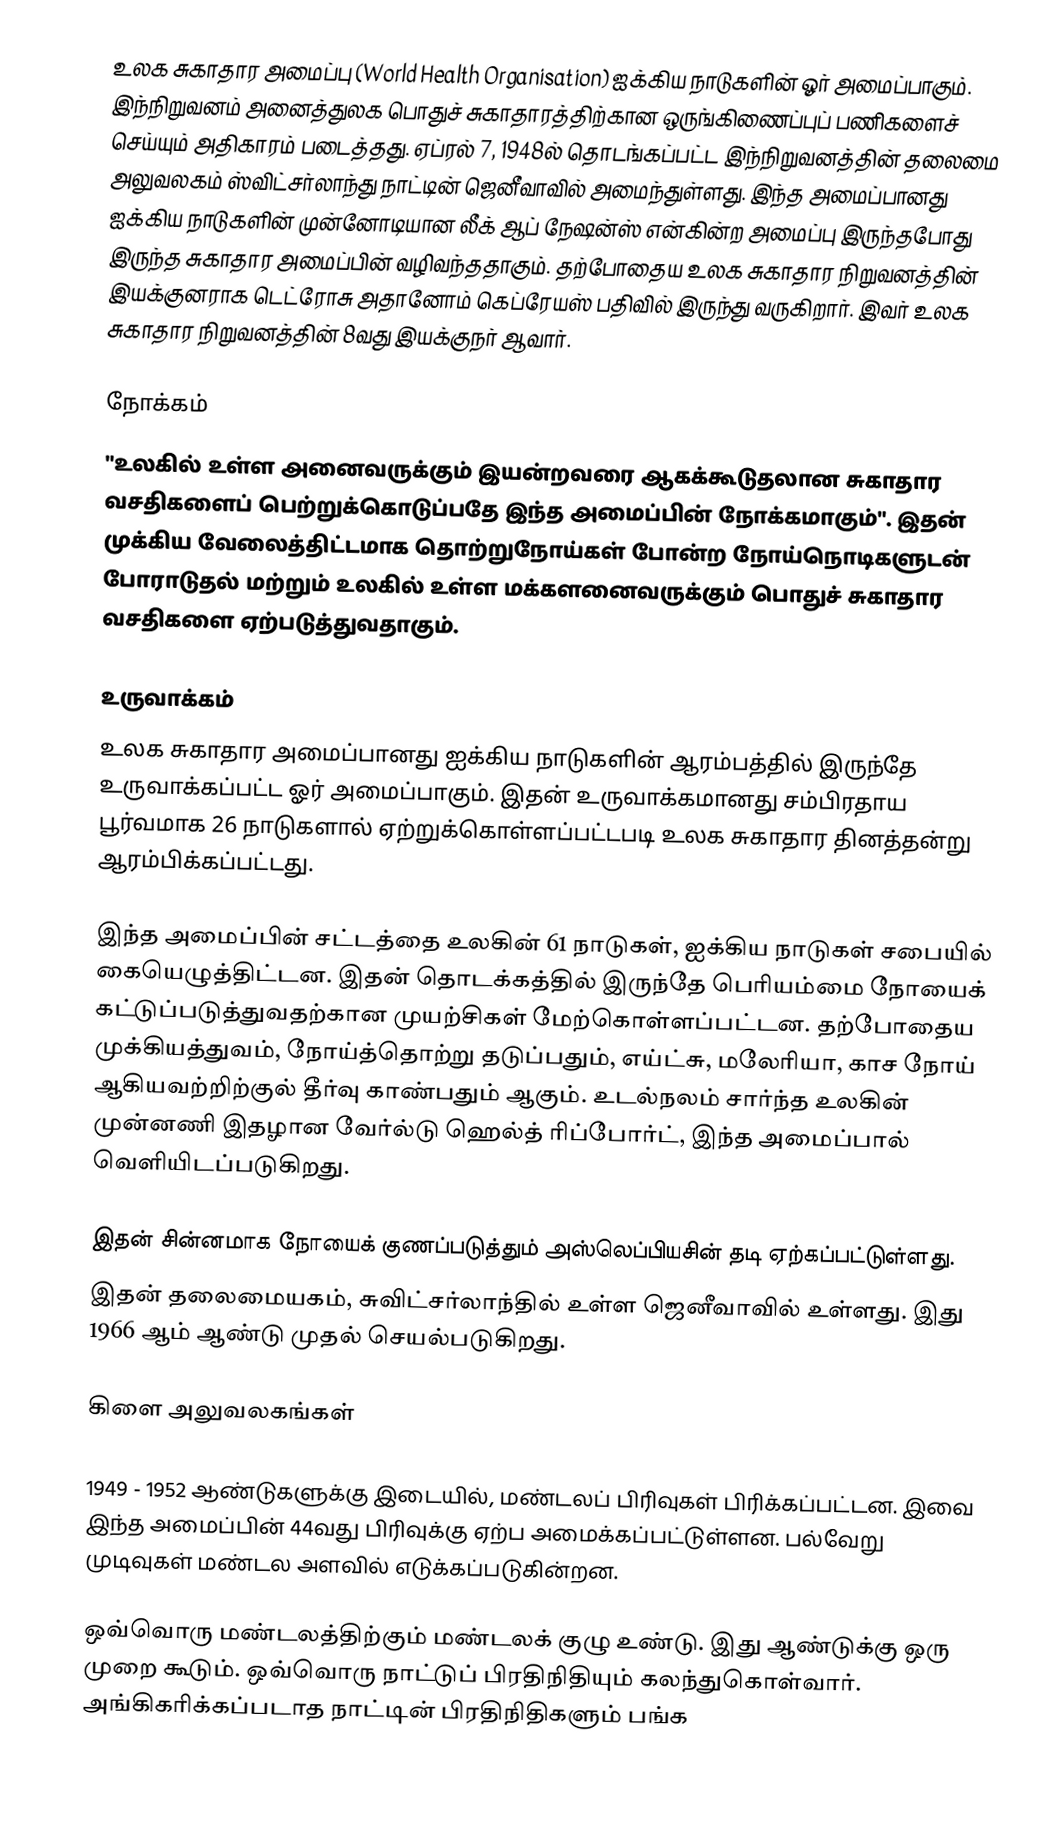
உலக சுகாதார அமைப்பு (World Health Organisation) ஐக்கிய நாடுகளின் ஓர் அமைப்பாகும். இந்நிறுவனம் அனைத்துலக பொதுச் சுகாதாரத்திற்கான ஒருங்கிணைப்புப் பணிகளைச் செய்யும் அதிகாரம் படைத்தது. ஏப்ரல் 7, 1948ல் தொடங்கப்பட்ட இந்நிறுவனத்தின் தலைமை அலுவலகம் ஸ்விட்சர்லாந்து நாட்டின் ஜெனீவாவில் அமைந்துள்ளது. இந்த அமைப்பானது ஐக்கிய நாடுகளின் முன்னோடியான லீக் ஆப் நேஷன்ஸ் என்கின்ற அமைப்பு இருந்தபோது இருந்த சுகாதார அமைப்பின் வழிவந்ததாகும். தற்போதைய உலக சுகாதார நிறுவனத்தின் இயக்குனராக டெட்ரோசு அதானோம் கெப்ரேயஸ் பதிவில் இருந்து வருகிறார். இவர் உலக சுகாதார நிறுவனத்தின் 8வது இயக்குநர் ஆவார்.

நோக்கம்
"உலகில் உள்ள அனைவருக்கும் இயன்றவரை ஆகக்கூடுதலான சுகாதார வசதிகளைப் பெற்றுக்கொடுப்பதே இந்த அமைப்பின் நோக்கமாகும்". இதன் முக்கிய வேலைத்திட்டமாக தொற்றுநோய்கள் போன்ற நோய்நொடிகளுடன் போராடுதல் மற்றும் உலகில் உள்ள மக்களனைவருக்கும் பொதுச் சுகாதார வசதிகளை ஏற்படுத்துவதாகும்.

உருவாக்கம்
உலக சுகாதார அமைப்பானது ஐக்கிய நாடுகளின் ஆரம்பத்தில் இருந்தே உருவாக்கப்பட்ட ஓர் அமைப்பாகும். இதன் உருவாக்கமானது சம்பிரதாய பூர்வமாக 26 நாடுகளால் ஏற்றுக்கொள்ளப்பட்டபடி உலக சுகாதார தினத்தன்று ஆரம்பிக்கப்பட்டது.

இந்த அமைப்பின் சட்டத்தை உலகின் 61 நாடுகள், ஐக்கிய நாடுகள் சபையில் கையெழுத்திட்டன. இதன் தொடக்கத்தில் இருந்தே பெரியம்மை நோயைக் கட்டுப்படுத்துவதற்கான முயற்சிகள் மேற்கொள்ளப்பட்டன. தற்போதைய முக்கியத்துவம், நோய்த்தொற்று தடுப்பதும், எய்ட்சு, மலேரியா, காச நோய் ஆகியவற்றிற்குல் தீர்வு காண்பதும் ஆகும். உடல்நலம் சார்ந்த உலகின் முன்னணி இதழான வேர்ல்டு ஹெல்த் ரிப்போர்ட், இந்த அமைப்பால் வெளியிடப்படுகிறது.

இதன் சின்னமாக நோயைக் குணப்படுத்தும் அஸ்லெப்பியசின் தடி ஏற்கப்பட்டுள்ளது.
இதன் தலைமையகம், சுவிட்சர்லாந்தில் உள்ள ஜெனீவாவில் உள்ளது. இது 1966 ஆம் ஆண்டு முதல் செயல்படுகிறது.

கிளை அலுவலகங்கள்

1949 - 1952 ஆண்டுகளுக்கு இடையில், மண்டலப் பிரிவுகள் பிரிக்கப்பட்டன. இவை இந்த அமைப்பின் 44வது பிரிவுக்கு ஏற்ப அமைக்கப்பட்டுள்ளன. பல்வேறு முடிவுகள் மண்டல அளவில் எடுக்கப்படுகின்றன.

ஒவ்வொரு மண்டலத்திற்கும் மண்டலக் குழு உண்டு. இது ஆண்டுக்கு ஒரு முறை கூடும். ஒவ்வொரு நாட்டுப் பிரதிநிதியும் கலந்துகொள்வார். அங்கிகரிக்கப்படாத நாட்டின் பிரதிநிதிகளும் பங்க